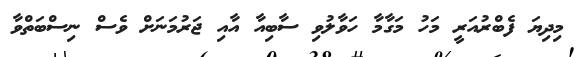
މިދިޔަ ފެބްރުއަރީ މަހު މަގާމާ ހަވާލުވި ސާބިއާ އާއި ޖަރުމަނަށް ވެސް ނިސްބަތްވާ